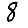
Digit: 8